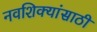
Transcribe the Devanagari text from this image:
नवशिक्यांसाठी